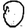
Digit: 0